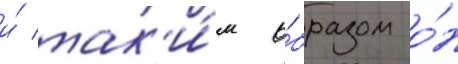
и́ так'и́м о́бразом о́н